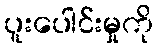
ပူးပေါင်းမှုကို